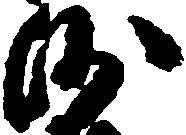
沙